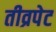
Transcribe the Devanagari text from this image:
तीव्रपेट